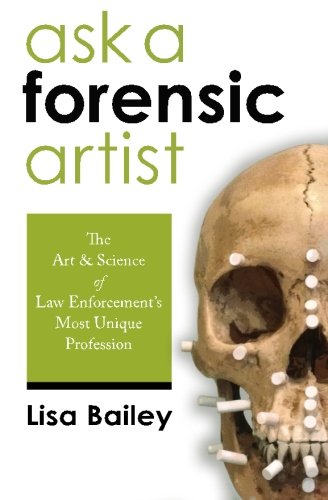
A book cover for Ask a Forensic Artist: The Art and Science of Law Enforcement's Most Unique Profession; Lisa Bailey; Business & Money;